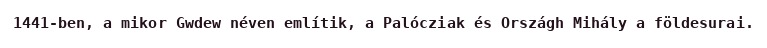
1441-ben, a mikor Gwdew néven említik, a Palócziak és Országh Mihály a földesurai.